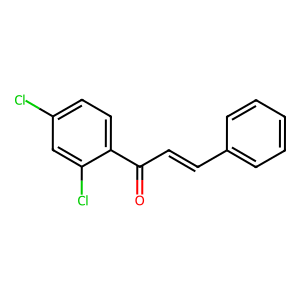
SMILES: O=C(C=Cc1ccccc1)c1ccc(Cl)cc1Cl
Inhibits HIV replication: No